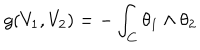
g ( V _ { 1 } , V _ { 2 } ) = - \int _ { C } \theta _ { 1 } \wedge \theta _ { 2 }